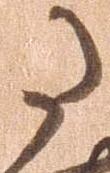
た